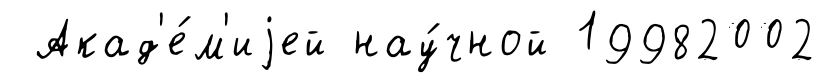
Акад'е́м'иjей нау́чной 19982002